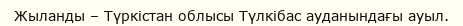
Жыланды – Түркістан облысы Түлкібас ауданындағы ауыл.